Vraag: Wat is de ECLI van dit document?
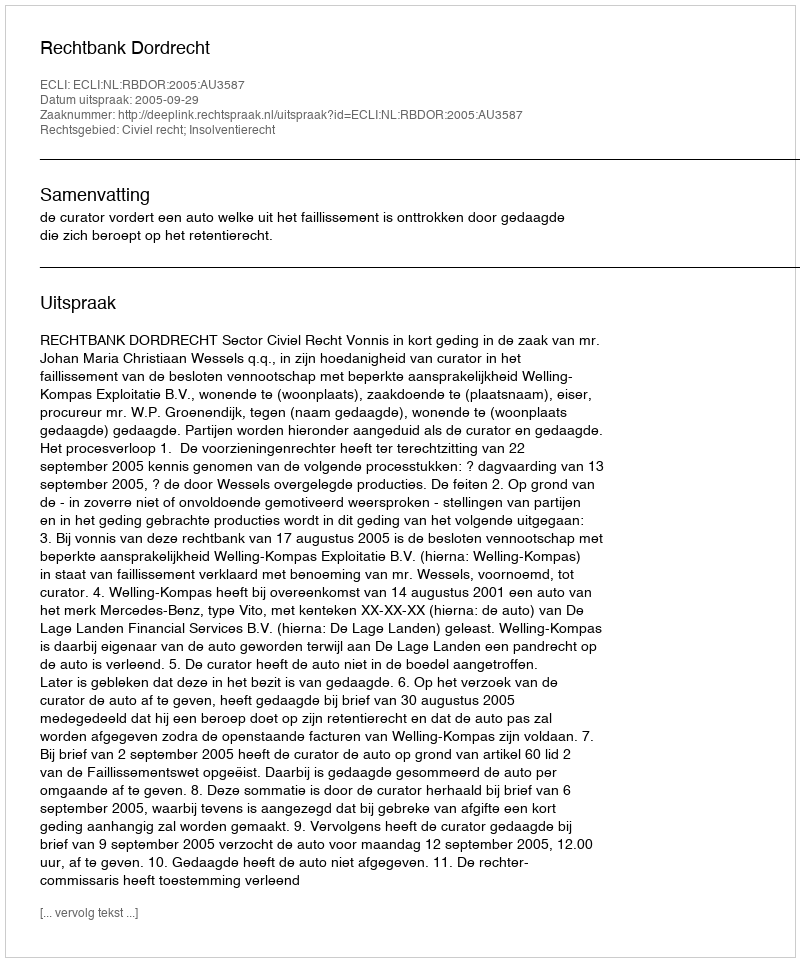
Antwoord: ECLI:NL:RBDOR:2005:AU3587